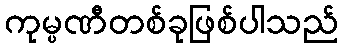
ကုမ္ပဏီတစ်ခုဖြစ်ပါသည်